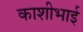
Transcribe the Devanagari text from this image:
काशीभाई